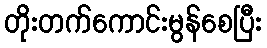
တိုးတက်ကောင်းမွန်စေပြီး